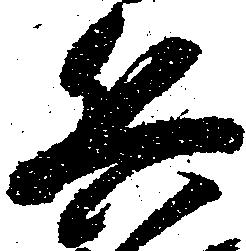
兵